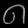
Digit: ၈